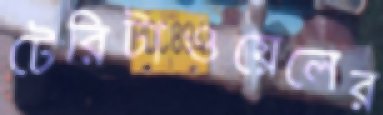
টেরিটাওয়েলের